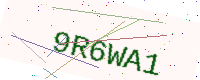
Text: 9R6WA1